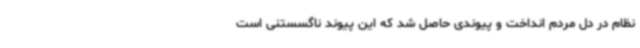
نظام در دل مردم انداخت و پیوندی حاصل شد که این پیوند ناگسستنی است